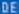
DEE